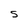
Character: S